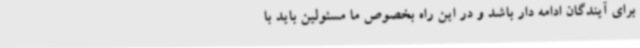
برای آیندگان ادامه دار باشد و در این راه بخصوص ما مسئولین باید با